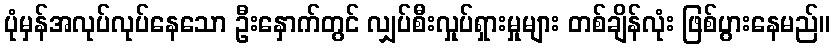
ပုံမှန်အလုပ်လုပ်နေသော ဦးနှောက်တွင် လျှပ်စီးလှုပ်ရှားမှုများ တစ်ချိန်လုံး ဖြစ်ပွားနေမည်။